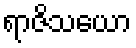
ရာဇိသယော